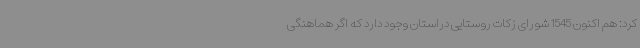
کرد: هم اکنون 1545 شورای زکات روستایی دراستان وجود دارد که اگر هماهنگی